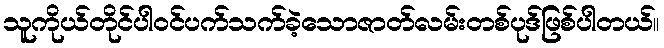
သူကိုယ်တိုင်ပါဝင်ပက်သက်ခဲ့သောဇာတ်လမ်းတစ်ပုဒ်ဖြစ်ပါတယ်။